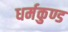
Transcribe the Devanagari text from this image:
धर्मकुण्ड